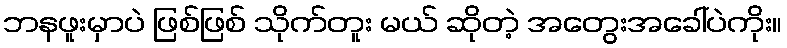
ဘနဖူးမှာပဲ ဖြစ်ဖြစ် သိုက်တူး မယ် ဆိုတဲ့ အတွေးအခေါ်ပဲကိုး။